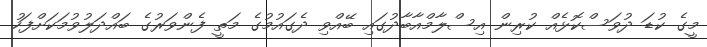
މީގެ ކުޑަ ދުވަސްކޮޅެއް ކުރިން އިސްލާމްއާބާދުގައި ބޭއްވި ދެގައުމުގެ މަތީ ފެންވަރުގެ ބައްދަލުވުމަކަށްފަހު